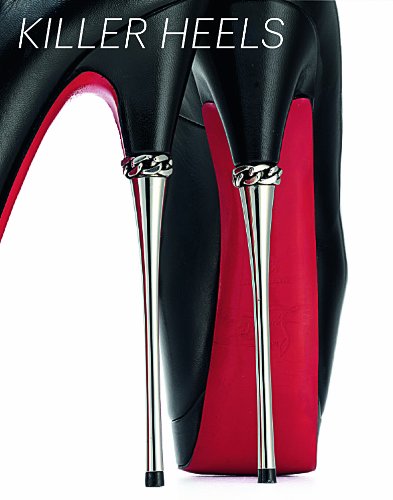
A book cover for Killer Heels: The Art of the High-Heeled Shoe; Arts & Photography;